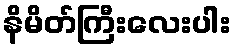
နိမိတ်ကြီးလေးပါး